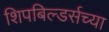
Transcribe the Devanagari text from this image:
शिपबिल्डर्सच्या